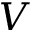
V